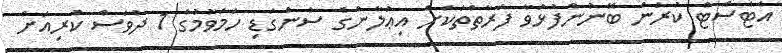
އެޓެސްޓް ކުރަން ބޭނުންފުޅުވާ ފަރާތްތަކަށް އިޢުލާންގެ ސުންގަޑި ހަމަވުމުގެ 1 ދުވަސް ކުރިއަށް